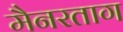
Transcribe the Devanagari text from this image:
मैनरताग